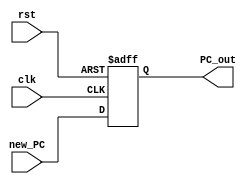
/*
* 	Nathan Chinn
* 	Minion CPU - NanoQuarter
*
*	Module:  Program Counter
*	Inputs:  clock, reset, new PC
*	Outputs: Program Counter
*
*/

module PC( input 		clk, // System Clock
		 		rst, // System Reset
	   input[31:0] 		new_PC, // PC in 

	   output reg[31:0] 	PC_out //PC out
	 );

	 always @ (posedge clk or posedge rst) //needs non blocking <=
	 begin
	 	if(rst == 1'b1)
			PC_out <= 0;
		else
			PC_out <= new_PC;
	 end

endmodule